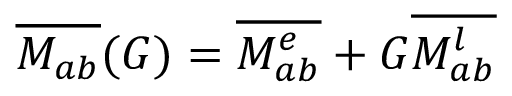
\overline { { M _ { a b } } } ( G ) = \overline { { M _ { a b } ^ { e } } } + G \overline { { M _ { a b } ^ { l } } }